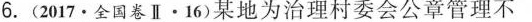
6.(2017·全国卷Ⅱ·16)某地为治理村委会公章管理不